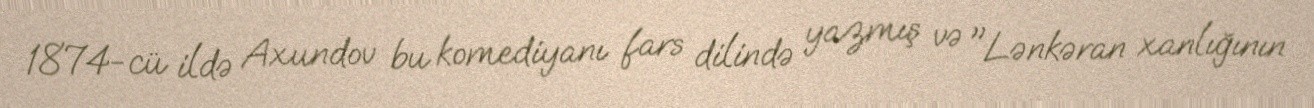
1874-cü ildə Axundov bu komediyanı fars dilində yazmış və "Lənkəran xanlığının